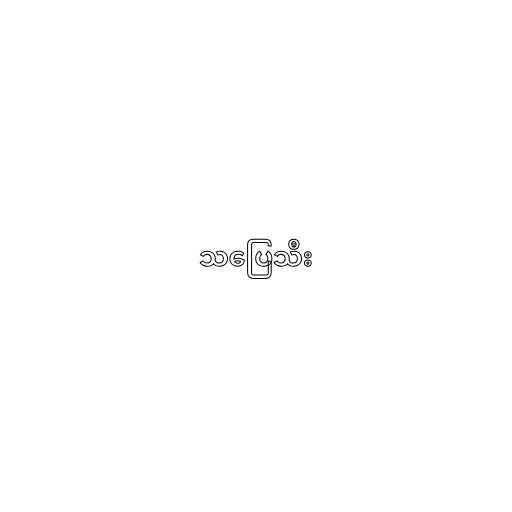
သပြေသီး